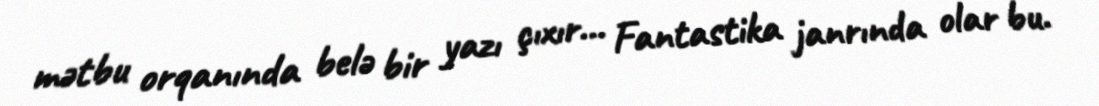
mətbu orqanında belə bir yazı çıxır… Fantastika janrında olar bu.